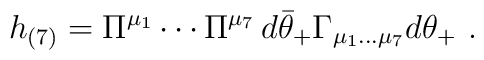
h_{(7)}= \Pi^{\mu_1}\cdots \Pi^{\mu_7}\, d\bar\theta_+\Gamma_{\mu_1\dots\mu_7}d\theta_+\ .